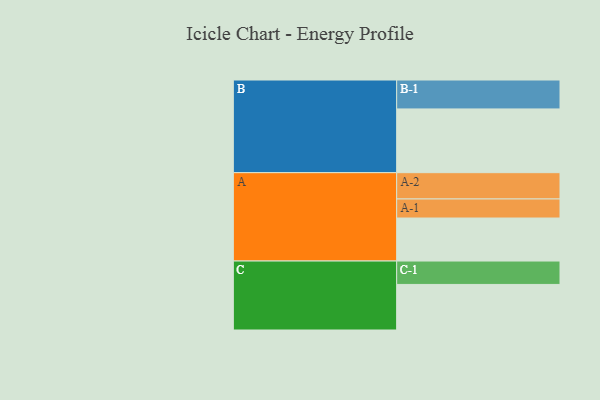
{"axis": {"x": "Segment", "y": "Value"}, "legend": ["", "A", "B", "C"], "data": [{"x": "A", "y": 388, "type": ""}, {"x": "B", "y": 575, "type": ""}, {"x": "C", "y": 411, "type": ""}, {"x": "A-1", "y": 172, "type": "A"}, {"x": "A-2", "y": 237, "type": "A"}, {"x": "B-1", "y": 261, "type": "B"}, {"x": "C-1", "y": 211, "type": "C"}]}